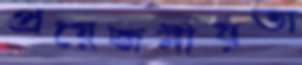
প্রয়েজনীয়তা